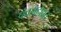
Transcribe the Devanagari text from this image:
पंचमहाव्रत